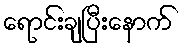
ရောင်းချပြီးနောက်